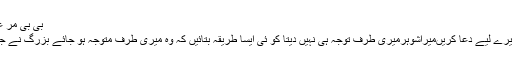
بی بی مر غی پال لو
سرکار میرے لیے دعا کریںمیراشوہرمیری طرف توجہ ہی نہیں دیتا کو ئی ایسا طریقہ بتائیں کہ وہ میری طرف متوجہ ہو جائے بزرگ نے جو اب دیا۔